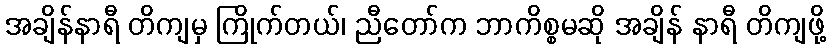
အချိန်နာရီ တိကျမှ ကြိုက်တယ်၊ ညီတော်က ဘာကိစ္စမဆို အချိန် နာရီ တိကျဖို့